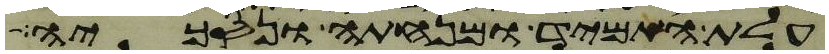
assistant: עלת התמיד ומנחתה ונסכיה